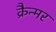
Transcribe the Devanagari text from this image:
क्रैन्मर